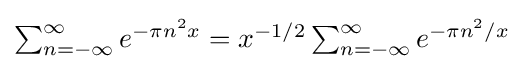
\textstyle \sum _{n=-\infty }^{\infty }e^{-\pi n^{2}x}=x^{-1/2}\sum _{n=-\infty }^{\infty }e^{-\pi n^{2}/x}